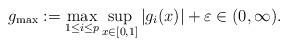
\begin{align*} g_{\max}:=\max_{1\leq i\leq p}\sup_{x \in [0,1]} |g_i(x)| + \varepsilon \in (0,\infty). \end{align*}